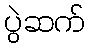
ပွဲဆက်